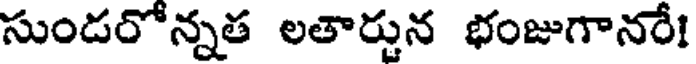
సుండరోన్నత లతార్జున భంజుగానరే!